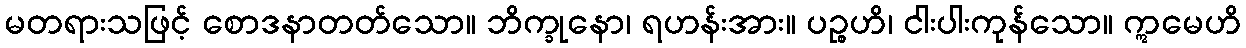
မတရားသဖြင့် စောဒနာတတ်သော။ ဘိက္ခုနော၊ ရဟန်းအား။ ပဉ္စဟိ၊ ငါးပါးကုန်သော။ ဣမေဟိ